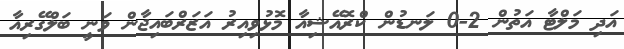
އަދި މަލްޓާ އަތުން 2-0 ލަނޑުން ކްރޮއޭޝިއާ މޮޅުވިއިރު އަޒަރްބައިޖާން ވަނީ ބަލްގޭރިއާ